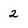
Character: 2